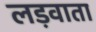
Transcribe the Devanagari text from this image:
लड़वाता